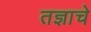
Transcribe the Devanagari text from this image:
तज्ञाचे